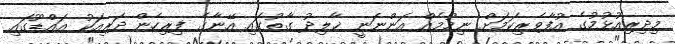
މިދިރިއުޅުމުގެ އުފާވެރިކަމަށް ނިމުމެއް އަންނަނީ ޚާލިދު ގާތުގައި އޭނާގެ ފިރިހެން ދަރިއަކު އައްޑޫގައި